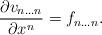
LaTeX: \begin{align*}\frac{\partial v_{n\dots n}}{\partial x^n} = f_{n\dots n}. \end{align*}